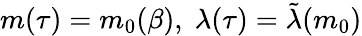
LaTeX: m(\tau)=m_{0}(\beta),\; \lambda(\tau)=\tilde{\lambda}(m_{0})